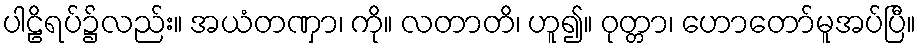
ပါဠိရပ်၌လည်း။ အယံတဏှာ၊ ကို။ လတာတိ၊ ဟူ၍။ ဝုတ္တာ၊ ဟောတော်မူအပ်ပြီ။